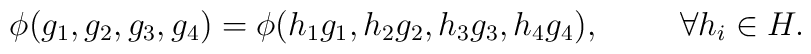
\phi(g_{1},g_{2},g_{3},g_{4}) = 	\phi(h_{1}g_{1},h_{2}g_{2},h_{3}g_{3},h_{4}g_{4}),	\hspace{1cm} \forall h_{i}\in H.